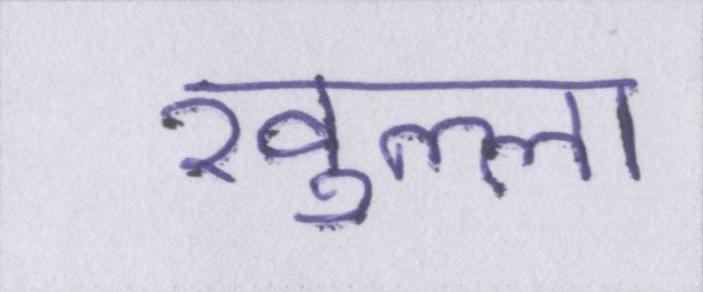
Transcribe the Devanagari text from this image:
खुल्ला